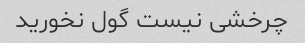
چرخشی نیست گول نخورید